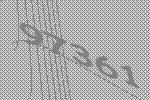
97361